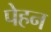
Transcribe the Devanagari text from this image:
पेहन